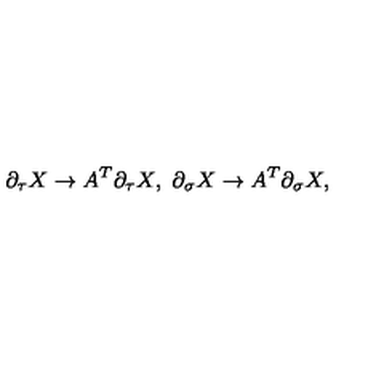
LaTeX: \partial _ { \tau } X \to A ^ { T } \partial _ { \tau } X , \ \partial _ { \sigma } X \to A ^ { T } \partial _ { \sigma } X ,